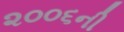
૨૦૦૬ની